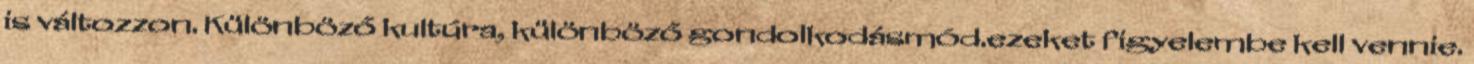
is változzon. Különböző kultúra, különböző gondolkodásmód.ezeket figyelembe kell vennie.